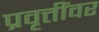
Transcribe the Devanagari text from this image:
प्रवृत्तींवर